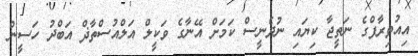
އިއުތިރާފްގެ ނަތީޖާ ކިޔައި ނުދެނީސް ކަމަށް އޭނާގެ ވަކީލް އަލްއުސްތާޛް އަބްދު ހަސީން